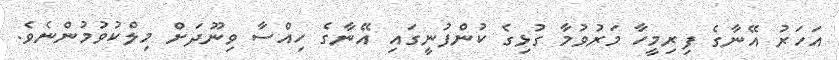
އަހަރު އޭނާގެ ފިރިމީހާ މަރުވުމާ ގުޅިގެ ކުންފުނީގައި އޭނާގެ ހިއްސާ ވިނޫދަށް މިލްކުވުމުންނެވެ.